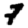
Digit: 7